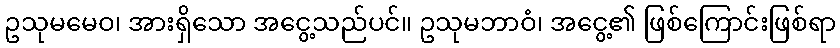
ဥသုမမေဝ၊ အားရှိသော အငွေ့သည်ပင်။ ဥသုမဘာဝံ၊ အငွေ့၏ ဖြစ်ကြောင်းဖြစ်ရာ